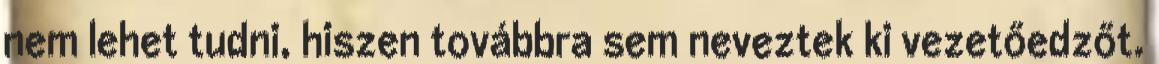
nem lehet tudni, hiszen továbbra sem neveztek ki vezetőedzőt.